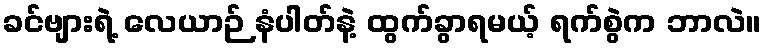
ခင်ဗျားရဲ့ လေယာဉ် နံပါတ်နဲ့ ထွက်ခွာရမယ့် ရက်စွဲက ဘာလဲ။